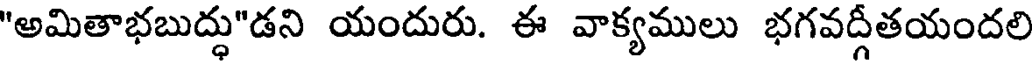
"అమితాభబుద్ధు"డని యందురు. ఈ వాక్యములు భగవద్గీతయందలి